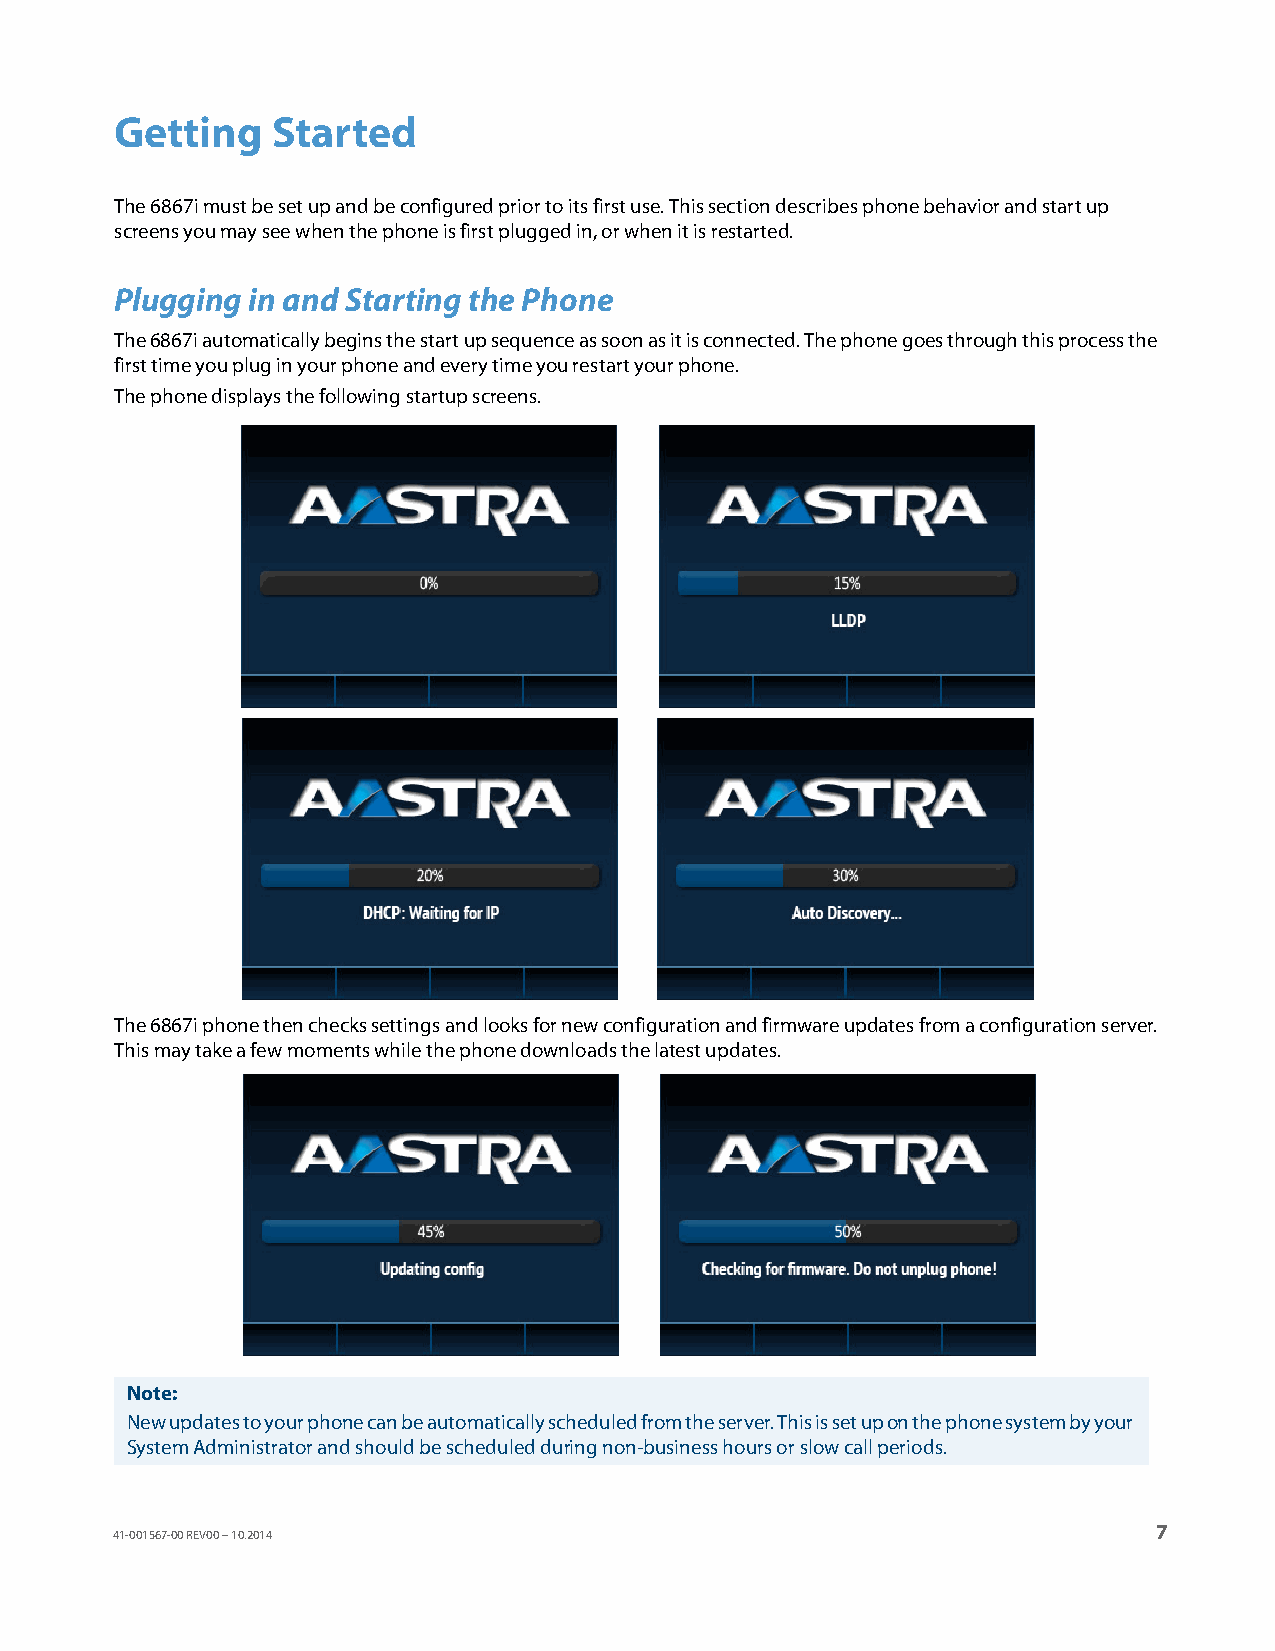
Getting   Started
 The 6867i must be set up and be configured prior to its first use. This section describes phone behavior and start up
 screens you may see when the phone is first plugged in, or when it is restarted.
 Plugging in and Starting the Phone
 The 6867i automatically begins the start up sequence as soon as it is connected. The phone goes through this process the
 first time you plug in your phone and every time you restart your phone.
 The phone displays the following startup screens.
 The 6867i phone then checks settings and looks for new configuration and firmware updates from a configuration server.
 This may take a few moments while the phone downloads the latest updates.
 Note:
 New updates to your phone can be automatically scheduled from the server. This is set up on the phone system by your
 System Administrator and should be scheduled during non-business hours or slow call periods.
 7
 41-001567-00 REV00 – 10.2014